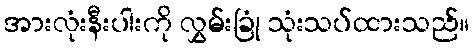
အားလုံးနီးပါးကို လွှမ်းခြုံ သုံးသပ်ထားသည်။